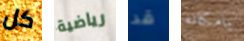
كل رياضية قد بامكانه